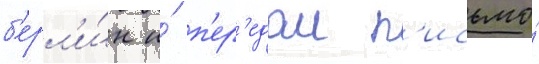
б'ерл'и́н и́ п'ер'едал п'исьмо́